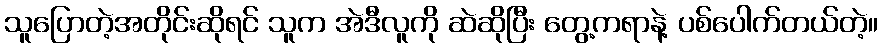
သူပြောတဲ့အတိုင်းဆိုရင် သူက အဲဒီလူကို ဆဲဆိုပြီး တွေ့ကရာနဲ့ ပစ်ပေါက်တယ်တဲ့။